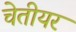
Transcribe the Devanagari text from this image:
चेतीयर